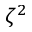
\zeta ^ { 2 }